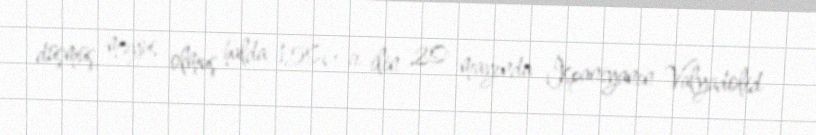
düşmüş, məyus olmuş halda 1506-cı ilin 20 mayında İspaniyanın Valyadolid